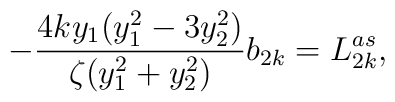
-\frac{4ky_{1}(y_{1}^{2}-3y_{2}^{2})}{\zeta(y_{1}^{2}+y_{2}^{2})}b_{2k}=L^{as}_{2k},